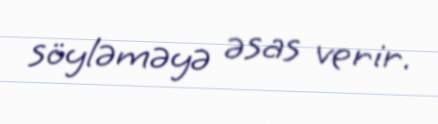
söyləməyə əsas verir.